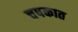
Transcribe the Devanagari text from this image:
चषकात